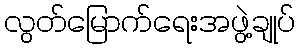
လွတ်မြောက်ရေးအဖွဲ့ချုပ်